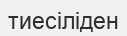
тиесіліден